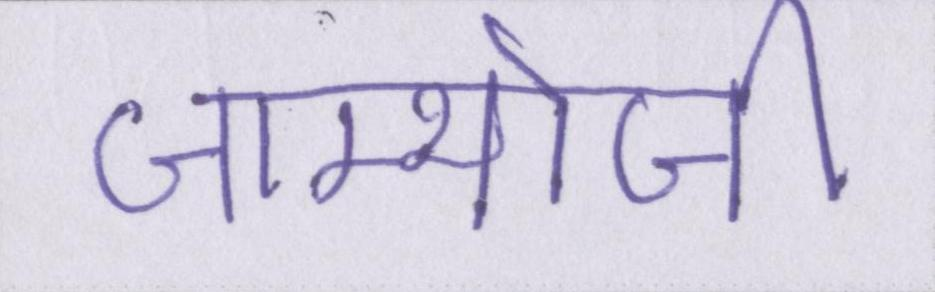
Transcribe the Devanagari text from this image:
जाम्भोजी